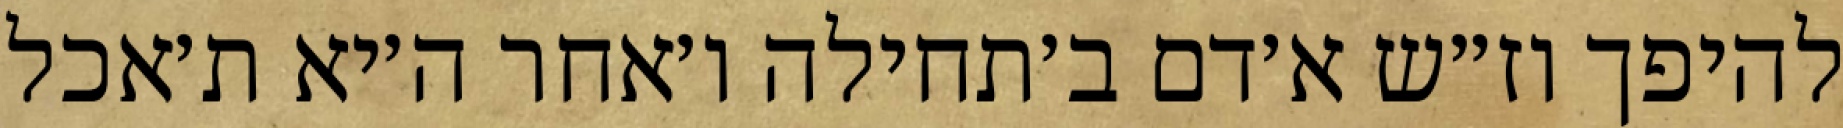
להיפך וז״ש א׳דם ב׳תחילה ו׳אחר ה׳יא ת׳אכל